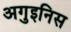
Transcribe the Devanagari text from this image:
अगुइनिस